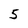
Character: 5